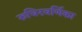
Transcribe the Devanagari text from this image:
रुधिरवर्णिका